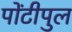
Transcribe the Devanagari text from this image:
पोंटीपुल